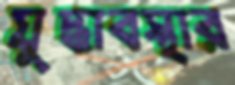
যুদ্ধাবস্থার